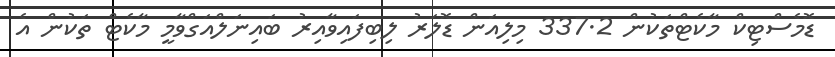
ޑޮމެސްޓިކް މާކެޓްތަކުން 337.2 މިލިއަން ޑޮލަރު ލިބިފައިވާއިރު ބައިނަލްއަގްވާމީ މާކެޓް ތަކުން އެ